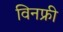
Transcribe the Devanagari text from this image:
विनफ्री